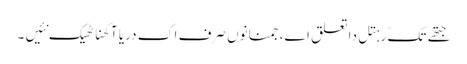
جتھے تکّ رہتل دا تعلق اے، جمنا نوں صرف اک دریا آکھنا ٹھیک نئیں ۔